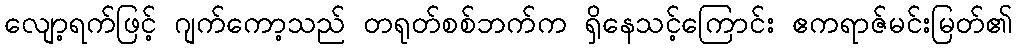
လျော့ရက်ဖြင့် ဂျက်ကော့သည် တရုတ်စစ်ဘက်က ရှိနေသင့်ကြောင်း ဧကရာဇ်မင်းမြတ်၏